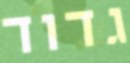
גדוד